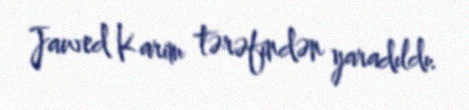
Jawed Karim tərəfindən yaradıldı.